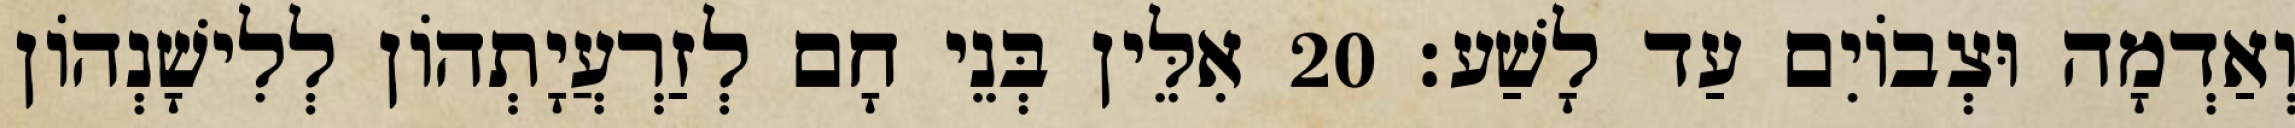
וְאַדְמָה וּצְבוֹיִם עַד לָשַׁע׃ 20 אִלֵּין בְּנֵי חָם לְזַרְעֲיָתְהוֹן לְלִישָׁנְהוֹן